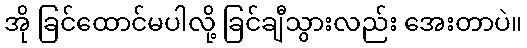
အို ခြင်ထောင်မပါလို့ ခြင်ချီသွားလည်း အေးတာပဲ။